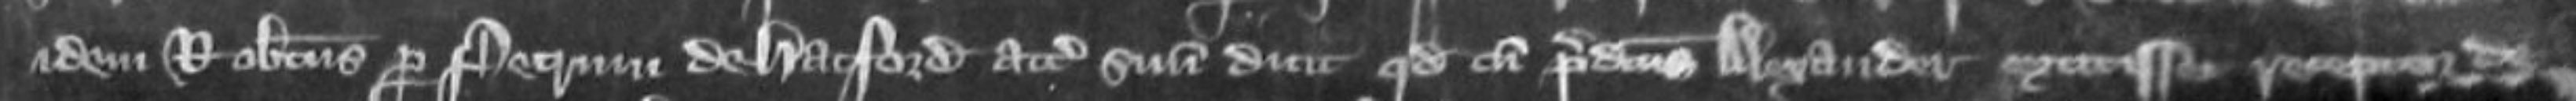
idem Robertus per Petrum de Hacford attornatum suum dicit quod cum predictus Alexander extitisset receptor de